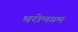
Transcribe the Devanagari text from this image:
थरोमगम